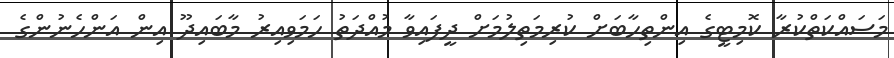
މަސައްކަތްކުރާ ކޮމިޓީގެ އިންތިހާބަށް ކުރިމަތިލުމަށް ދީފައިވާ މުއްދަތު ހަމަވިއިރު މާބައިދޫ އިން އަންހެނުންގެ